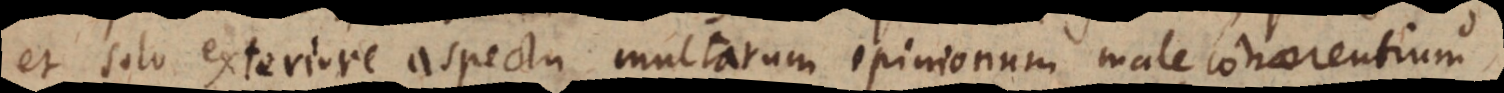
et solo exteriore aspectu multarum opinionum male cohaerentium